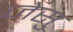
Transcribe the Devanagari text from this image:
जेसु